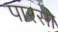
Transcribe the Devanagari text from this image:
पारसा